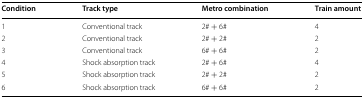
| Condition | Track type | Metro combination | Train amount |
 | --- | --- | --- | --- |
 | 1 | Conventional track | 2# + 6# | 4 |
 | 2 | Conventional track | 2# + 2# | 2 |
 | 3 | Conventional track | 6# + 6# | 2 |
 | 4 | Shock absorption track | 2# + 6# | 4 |
 | 5 | Shock absorption track | 2# + 2# | 2 |
 | 6 | Shock absorption track | 6# + 6# | 2 |